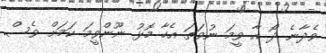
ވެދާނެ ދޯ އާ ވީމަ ނުވަތަ އެހާ މޮޅު ނޫންވީމަ ކަމަށް ވެސް.